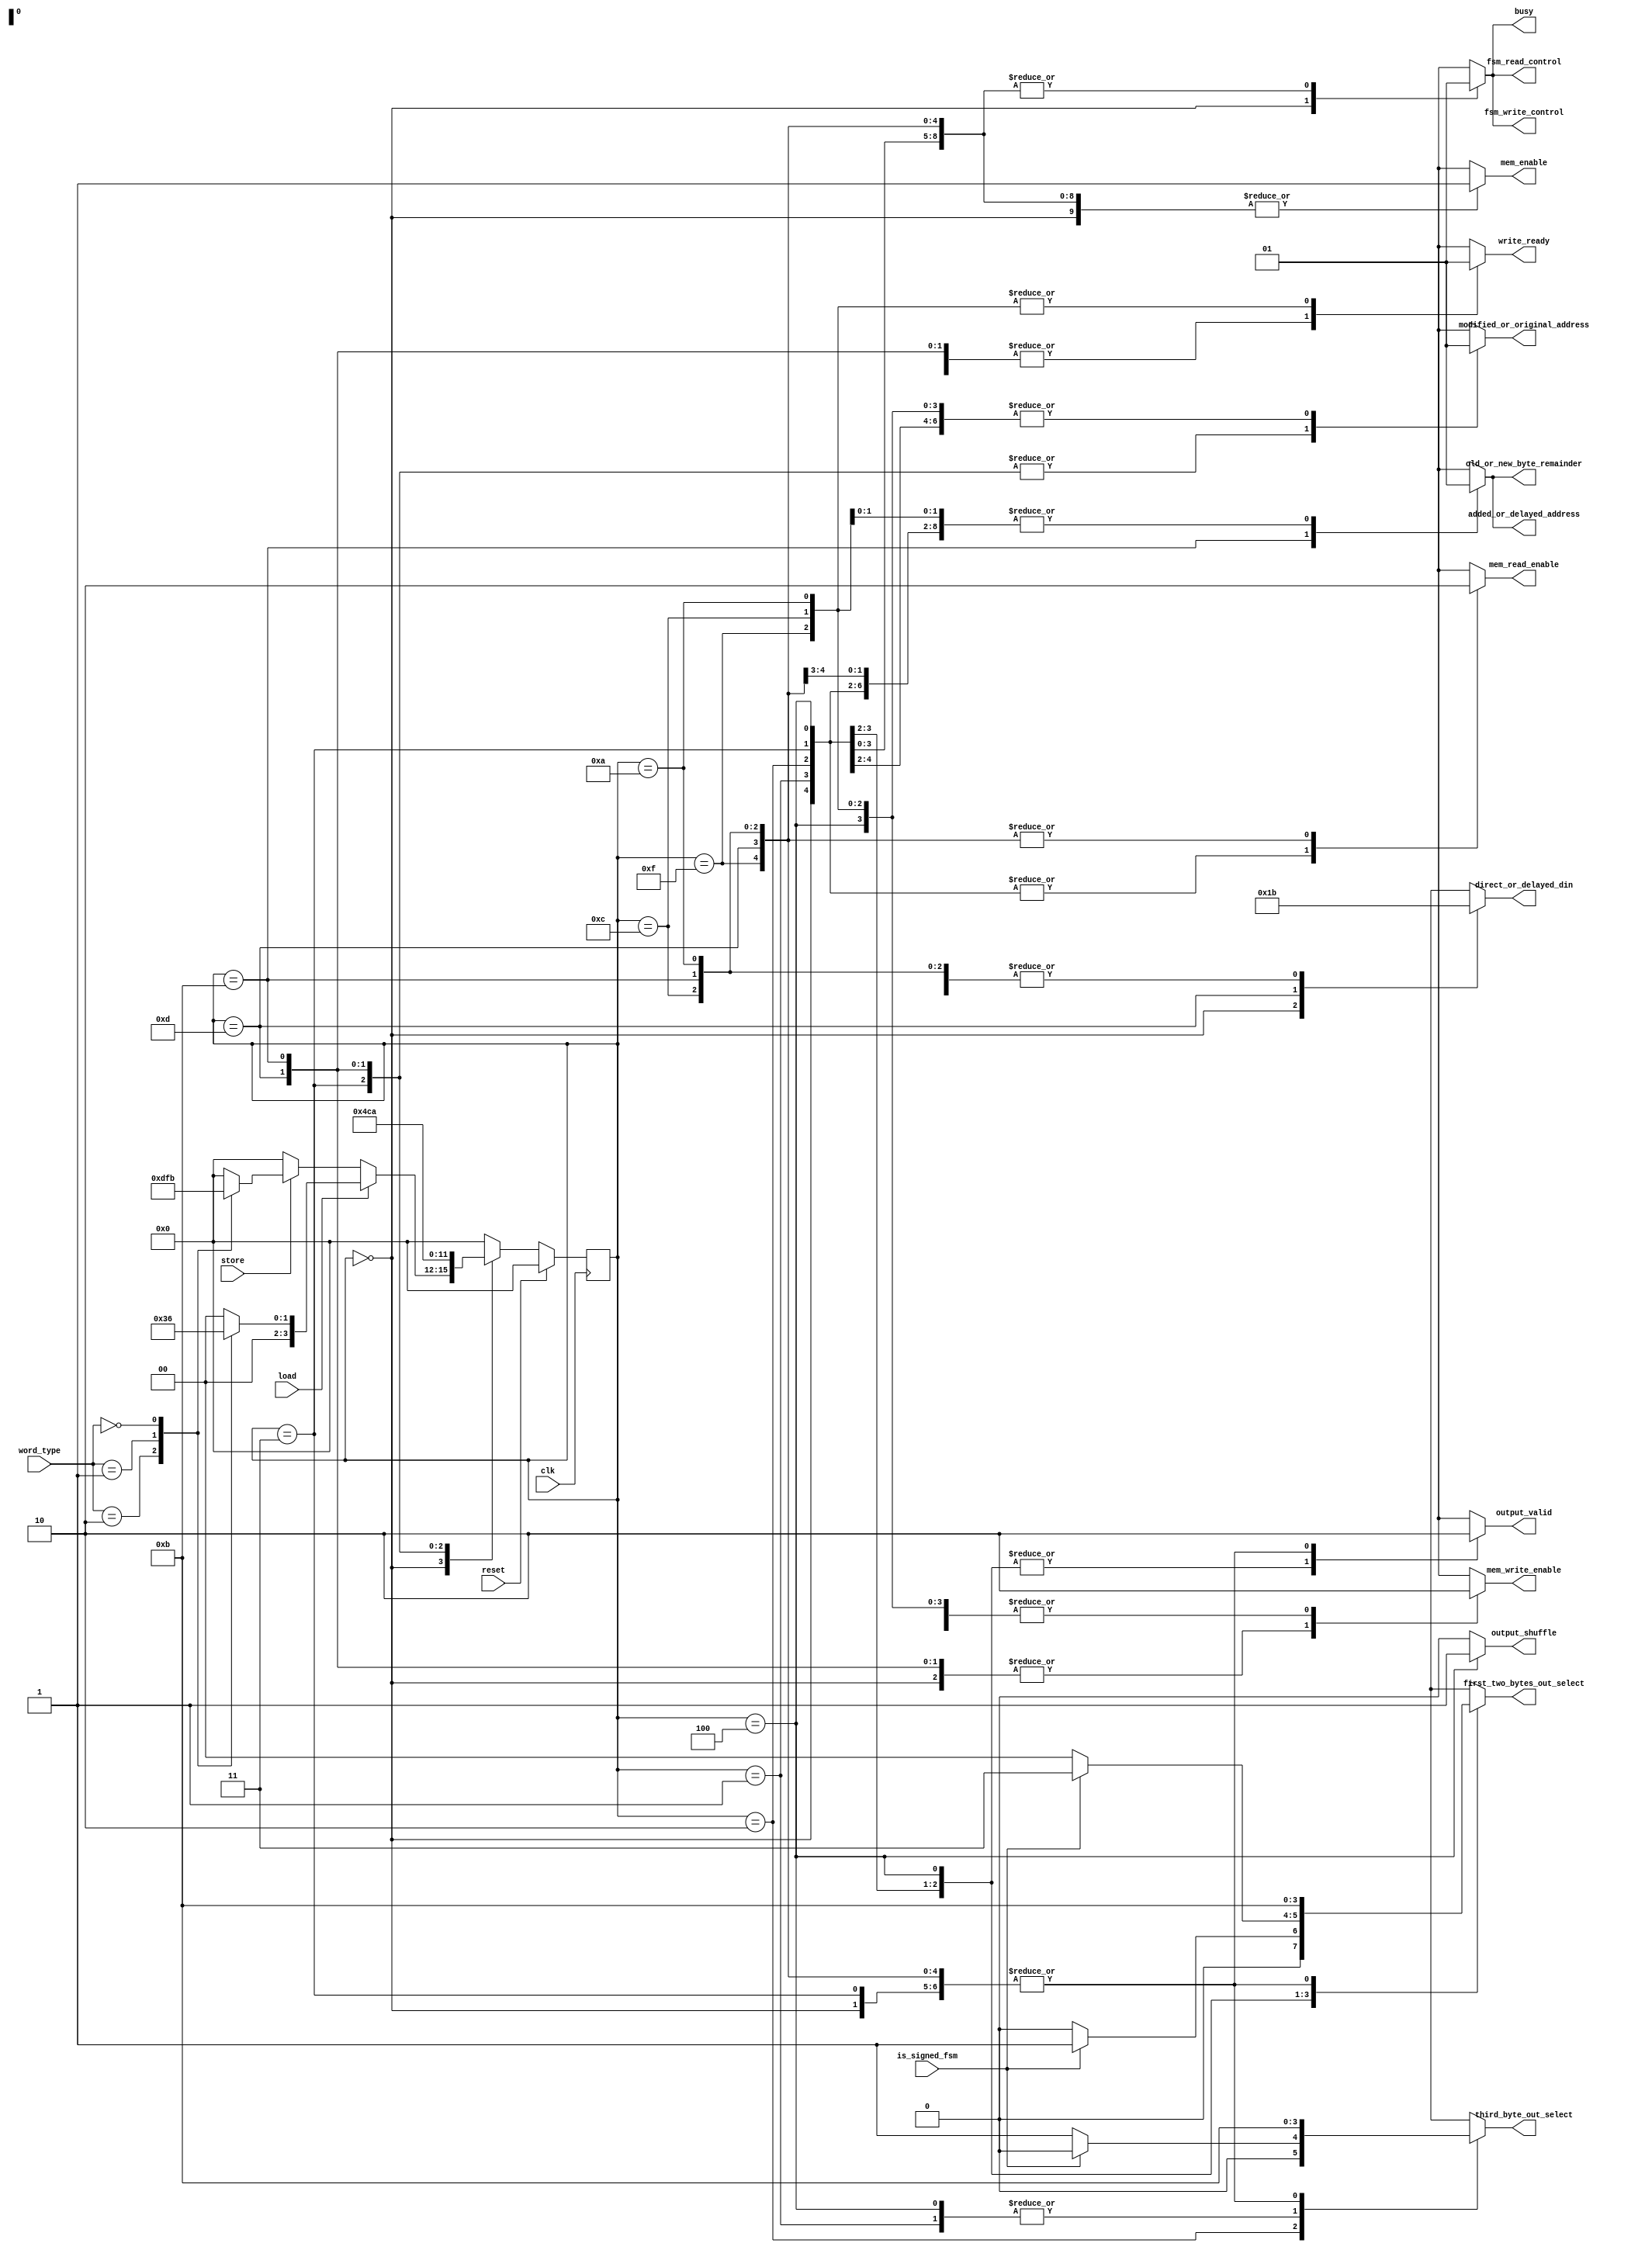
// AUTHORS Group 06 / Julian Kuser
// Tuesday 08/01/2017

// codes for word_type
`define WORD 2'b10
`define HALFWORD 2'b01
`define BYTE 2'b00

// codes for first_two_bytes_out_select
`define TOP_HALFWORD 2'b10
`define SIGN_B 2'b01
`define SIGN_A 2'b11
`define ZEROS 2'b00

// codes for third_byte_out_select
`define THIRD_BYTE_ORIGINAL 2'b10
`define THIRD_BYTE_SIGN_EXTENDED 2'b00
`define THIRD_BYTE_ZERO_EXTENDED 2'b01

// codes for direct_or_delayed_din
`define DIRECT_TOP16 2'b00
`define DIRECT_LOW16 2'b01
`define DELAYED_TOP16 2'b10
`define DELAYED_LOW16 2'b11

`define TOP16 31:16
`define LOW16 15:0

`define DC_ONE 1'b1





module memory_control_fsm(
  is_signed_fsm,
  word_type,
  load,
  store,
  clk,
  reset,
  output_valid,
  direct_or_delayed_din,
  write_ready,
  old_or_new_byte_remainder,
  modified_or_original_address,
  added_or_delayed_address,
  first_two_bytes_out_select,
  third_byte_out_select,
  output_shuffle,
  mem_read_enable,
  mem_write_enable,
  mem_enable,
  fsm_read_control,
  fsm_write_control,
  busy
  );

  input wire is_signed_fsm;
  input wire [1:0] word_type;
  input wire load;
  input wire store;
  input wire clk;
  input wire reset;

  output reg output_valid;
  output reg [1:0] direct_or_delayed_din;
  output reg write_ready;
  output reg old_or_new_byte_remainder;
  output reg modified_or_original_address;
  output reg added_or_delayed_address;
  output reg [1:0] first_two_bytes_out_select;
  output reg [1:0] third_byte_out_select;
  output reg output_shuffle;
  output reg mem_read_enable;
  output reg mem_write_enable;
  output reg mem_enable;

  output reg fsm_read_control;
  output reg fsm_write_control;

  output reg busy;



  reg [3:0] state;
  reg [3:0] nextstate;

  // some states
  localparam IDLE          =  4'b0000;
  localparam LOAD_HW       =  4'b0001;
  localparam LOAD_BYTE     =  4'b0010;
  localparam LOAD_WORD_A   =  4'b0011;
  localparam LOAD_WORD_B   =  4'b0100;

  localparam STORE_HW      =  4'b1111;
  localparam STORE_BYTE_A  =  4'b1011;
  localparam STORE_BYTE_B  =  4'b1010;
  localparam STORE_WORD_A  =  4'b1101;
  localparam STORE_WORD_B  =  4'b1100;

// make state register flipflop
  always @(posedge clk) begin
    if (!reset) begin
      state <= nextstate;
    end
    else begin
      state <= IDLE;
    end
  end

  // state transition logic
  always @(*) begin
   case (state)
     IDLE: begin
       if (load) begin
        case(word_type)
          `WORD:     nextstate = LOAD_WORD_A;
          `HALFWORD: nextstate = LOAD_HW;
          `BYTE:     nextstate = LOAD_BYTE;
			default: nextstate = IDLE;
        endcase
       end //if load
       else if(store) begin
         case(word_type)
           `WORD:      nextstate = STORE_WORD_A;
           `HALFWORD:  nextstate = STORE_HW;
           `BYTE:      nextstate = STORE_BYTE_A;
			default: nextstate = IDLE;
         endcase
       end //else if store
       else begin
           nextstate = IDLE;
       end
     end //case idle

     LOAD_HW: begin
         nextstate = IDLE;
     end // case LOAD_HW

     LOAD_BYTE: begin
         nextstate = IDLE;
     end// case LOAD_BYTE

     LOAD_WORD_A: begin
        nextstate = LOAD_WORD_B;
     end // case load wordA

     LOAD_WORD_B: begin
        nextstate = IDLE;
     end // case load wordB

     STORE_HW: begin
         nextstate = IDLE;
     end // case STORE_HW

     STORE_WORD_A: begin
        nextstate = STORE_WORD_B;
     end // case STORE_WORD_A

     STORE_WORD_B: begin
        nextstate = IDLE;
     end // case store word B

     STORE_BYTE_A: begin
        nextstate = STORE_BYTE_B;
     end //case store_byte A

     STORE_BYTE_B: begin
        nextstate = IDLE;
     end //case store_byte b

	default: begin
		nextstate = IDLE;
	end

   endcase // state
  end

// output logic
  always @(*) begin
    case (state)
    //newcase IDLE
    IDLE: begin
      output_valid                  =0                   ;
      direct_or_delayed_din         =`DIRECT_LOW16       ; // 2 signals
      write_ready                   =0                   ;
      old_or_new_byte_remainder     =1                ; // old =0, new =1 (where new is that which was not in the memory before)
      modified_or_original_address  =1                   ; // 1= original, 0 = modified
      added_or_delayed_address      =`DC_ONE                 ; // 1 = added, 0 = delayed
      first_two_bytes_out_select    ={`DC_ONE,`DC_ONE}           ; // 2 signals
      third_byte_out_select         ={`DC_ONE,`DC_ONE}           ; // 2 signals
      output_shuffle                =0                   ;

      mem_read_enable               =`DC_ONE      ;
      mem_write_enable              =`DC_ONE      ;
      mem_enable                    =1        ;
      fsm_read_control              =0        ;
      fsm_write_control             =0        ;
      busy                          =0        ;
    end // endcase idle

    // newcase: LOAD HW
    LOAD_HW: begin
      output_valid                  =1                   ;
      direct_or_delayed_din         ={`DC_ONE,`DC_ONE}           ; // 2 signals
      write_ready                   =0                   ;
      old_or_new_byte_remainder     =`DC_ONE                 ;
      modified_or_original_address  =`DC_ONE                 ; // 1= original, 0 = modified
      added_or_delayed_address      =`DC_ONE                 ; // 1 = added, 0 = delayed
      first_two_bytes_out_select    =is_signed_fsm ? `SIGN_B : `ZEROS;    // 2 signals
      third_byte_out_select         =`THIRD_BYTE_ORIGINAL ; // 2 signals
      output_shuffle                =0                   ;

      mem_read_enable               =1        ;
      mem_write_enable              =0        ;
      mem_enable                    =1        ;
      fsm_read_control              =1        ;
      fsm_write_control             =1        ;
      busy                          =1        ;

    end // endcase LOAD HW

    //newcase LOAD_BYTE
    LOAD_BYTE: begin
      output_valid                  =1                   ;
      direct_or_delayed_din         ={`DC_ONE,`DC_ONE}           ; // 2 signals
      write_ready                   =0                   ;
      old_or_new_byte_remainder     =`DC_ONE                 ;
      modified_or_original_address  =`DC_ONE                 ; // 1= original, 0 = modified
      added_or_delayed_address      =`DC_ONE                 ; // 1 = added, 0 = delayed
      first_two_bytes_out_select    =is_signed_fsm ? `SIGN_A : `ZEROS;    // 2 signals
      third_byte_out_select         =is_signed_fsm ? `THIRD_BYTE_SIGN_EXTENDED : `THIRD_BYTE_ZERO_EXTENDED; // 2 signals
      output_shuffle                =0                   ;

      mem_read_enable               =1        ;
      mem_write_enable              =0        ;
      mem_enable                    =1        ;
      fsm_read_control              =1        ;
      fsm_write_control             =1        ;
      busy                          =1        ;

    end// endcase LOAD_BYTE

    //newcase LOAD_WORD_A
    LOAD_WORD_A: begin
      output_valid                  =0                   ;
      direct_or_delayed_din         ={`DC_ONE,`DC_ONE}           ; // 2 signals
      write_ready                   =0                   ;
      old_or_new_byte_remainder     =`DC_ONE                 ;
      modified_or_original_address  =0                   ; // 1= original, 0 = modified
      added_or_delayed_address      =1                   ;   // 1 = added, 0 = delayed
      first_two_bytes_out_select    ={`DC_ONE,`DC_ONE}           ; // 2 signals
      third_byte_out_select         ={`DC_ONE,`DC_ONE}           ; // 2 signals
      output_shuffle                =0                   ;

      mem_read_enable               =1        ;
      mem_write_enable              =0        ;
      mem_enable                    =1        ;
      fsm_read_control              =1        ;
      fsm_write_control             =1        ;
      busy                          =1        ;

    end // endcase LOAD_WORD_A

    //newcase LOAD_WORD_B
    LOAD_WORD_B: begin
      output_valid                  =1                   ;
      direct_or_delayed_din         ={`DC_ONE,`DC_ONE}           ; // 2 signals
      write_ready                   =0                   ;
      old_or_new_byte_remainder     =`DC_ONE                 ;
      modified_or_original_address  =`DC_ONE                 ; // 1= original, 0 = modified
      added_or_delayed_address      =`DC_ONE                 ; // 1 = added, 0 = delayed
      first_two_bytes_out_select    =`TOP_HALFWORD       ; // 2 signals
      third_byte_out_select         =`THIRD_BYTE_ORIGINAL; // 2 signals
      output_shuffle                =1                   ;

      mem_read_enable               =1        ;
      mem_write_enable              =0        ;
      mem_enable                    =1        ;
      fsm_read_control              =1        ;
      fsm_write_control             =1        ;
      busy                          =1        ;

    end // endcase LOAD_WORD_B

    // newcase STORE_HW
    STORE_HW: begin
      output_valid                  =0                   ;
      direct_or_delayed_din         ={`DC_ONE,`DC_ONE}           ; // 2 signals
      write_ready                   =1                   ;
      old_or_new_byte_remainder     =`DC_ONE                 ; // old =0, new =1 (where new is that which was not in the memory before)
      modified_or_original_address  =`DC_ONE                 ; // 1= original, 0 = modified
      added_or_delayed_address      =`DC_ONE                 ; // 1 = added, 0 = delayed
      first_two_bytes_out_select    ={`DC_ONE,`DC_ONE}           ; // 2 signals
      third_byte_out_select         ={`DC_ONE,`DC_ONE}           ; // 2 signals

      mem_read_enable               =0        ;
      mem_write_enable              =0        ;
      mem_enable                    =1        ;
      fsm_read_control              =1        ;
      fsm_write_control             =1        ;
      busy                          =1        ;
      output_shuffle                =0                   ;

    end // endcase STORE_HW

    //newcase STORE_WORD_A
    STORE_WORD_A: begin
      output_valid                  =0                   ;
      direct_or_delayed_din         =`DELAYED_TOP16      ; // 2 signals
      write_ready                   =0                   ;
      old_or_new_byte_remainder     =1                   ; // old =0, new =1 (where new is that which was not in the memory before)
      modified_or_original_address  =0                   ; // 1= original, 0 = modified
      added_or_delayed_address      =1                   ; // 1 = added, 0 = delayed
      first_two_bytes_out_select    ={`DC_ONE,`DC_ONE}           ; // 2 signals
      third_byte_out_select         ={`DC_ONE,`DC_ONE}           ; // 2 signals

      mem_read_enable               =0        ;
      mem_write_enable              =1        ;
      mem_enable                    =1        ;
      fsm_read_control              =1        ;
      fsm_write_control             =1        ;
      busy                          =1        ;
      output_shuffle                =0                   ;

    end // endcase STORE_WORD_A

    //newcase STORE_WORD_B
    STORE_WORD_B: begin
      output_valid                  =0                   ;
      direct_or_delayed_din         ={`DC_ONE,`DC_ONE}           ; // 2 signals
      write_ready                   =1                   ;
      old_or_new_byte_remainder     =`DC_ONE                 ; // old =0, new =1 (where new is that which was not in the memory before)
      modified_or_original_address  =`DC_ONE                 ; // 1= original, 0 = modified
      added_or_delayed_address      =`DC_ONE                 ; // 1 = added, 0 = delayed
      first_two_bytes_out_select    ={`DC_ONE,`DC_ONE}           ; // 2 signals
      third_byte_out_select         ={`DC_ONE,`DC_ONE}           ; // 2 signals

      mem_read_enable               =0        ;
      mem_write_enable              =0        ;
      mem_enable                    =1        ;
      fsm_read_control              =1        ;
      fsm_write_control             =1        ;
      busy                          =1        ;
      output_shuffle                =0                   ;

    end // endcase STORE_WORD_B

    //newcase STORE_BYTE_A
    STORE_BYTE_A: begin
      output_valid                  =0                   ;
      direct_or_delayed_din         =`DELAYED_LOW16      ; // 2 signals
      write_ready                   =0                   ;
      old_or_new_byte_remainder     =0                   ; // old =0, new =1 (where new is that which was not in the memory before)
      modified_or_original_address  =0                   ; // 1= original, 0 = modified
      added_or_delayed_address      =0                   ; // 1 = added, 0 = delayed
      first_two_bytes_out_select    ={`DC_ONE,`DC_ONE}           ; // 2 signals
      third_byte_out_select         ={`DC_ONE,`DC_ONE}           ; // 2 signals

      mem_read_enable               =0        ;
      mem_write_enable              =1        ;
      mem_enable                    =1        ;
      fsm_read_control              =1        ;
      fsm_write_control             =1        ;
      busy                          =1        ;
      output_shuffle                =0                   ;

    end //endcase STORE_BYTE_A

    //newcase STORE_BYTE_B
    STORE_BYTE_B: begin
      output_valid                  =0                   ;
      direct_or_delayed_din         ={`DC_ONE,`DC_ONE}           ; // 2 signals
      write_ready                   =1                   ;
      old_or_new_byte_remainder     =`DC_ONE                 ; // old =0, new =1 (where new is that which was not in the memory before)
      modified_or_original_address  =`DC_ONE                 ; // 1= original, 0 = modified
      added_or_delayed_address      =`DC_ONE                 ; // 1 = added, 0 = delayed
      first_two_bytes_out_select    ={`DC_ONE,`DC_ONE}           ; // 2 signals
      third_byte_out_select         ={`DC_ONE,`DC_ONE}           ; // 2 signals

      mem_read_enable               =0        ;
      mem_write_enable              =0        ;
      mem_enable                    =1        ;
      fsm_read_control              =1        ;
      fsm_write_control             =1        ;
      busy                          =1        ;
      output_shuffle                =0                   ;

    end //endcase STORE_BYTE_B

	default: begin
	  output_valid                  =1'bx                ;
      direct_or_delayed_din         =2'bx          		 ;
      write_ready                   =1'bx                ;
      old_or_new_byte_remainder     =1'bx                ;
      modified_or_original_address  =1'bx                ;
      added_or_delayed_address      =1'bx                ;
      first_two_bytes_out_select    =2'bx          		 ;
      third_byte_out_select         =2'bx       	     ;

      mem_read_enable               =1'bx        ;
      mem_write_enable              =1'bx        ;
      mem_enable                    =1'bx        ;
      fsm_read_control              =1'bx        ;
      fsm_write_control             =1'bx        ;
      busy                          =1'bx        ;
      output_shuffle                =0                   ;
	end
   endcase//state
  end


  endmodule


  // codes for word_type
  `undef WORD
  `undef HALFWORD
  `undef BYTE

  // codes for first_two_bytes_out_select
  `undef TOP_HALFWORD
  `undef SIGN_B
  `undef SIGN_A
  `undef ZEROS

  // codes for third_byte_out_select
  `undef THIRD_BYTE_ORIGINAL
  `undef THIRD_BYTE_SIGN_EXTENDED
  `undef THIRD_BYTE_ZERO_EXTENDED

  // codes for direct_or_delayed_din
  `undef DIRECT_TOP16
  `undef DIRECT_LOW16
  `undef DELAYED_TOP16
  `undef DELAYED_LOW16

  `undef TOP16
  `undef LOW16